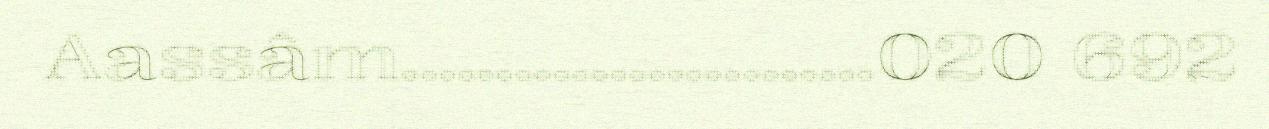
Aassâm.........................020 692